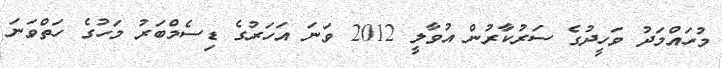
މުހައްމަދު ވަހީދުގެ ސަރުކާރުން އުވާލީ 2012 ވަނަ އަހަރުގެ ޑިސެމްބަރު މަހުގެ ހަތްވަނަ